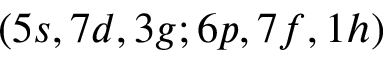
( 5 s , 7 d , 3 g ; 6 p , 7 f , 1 h )